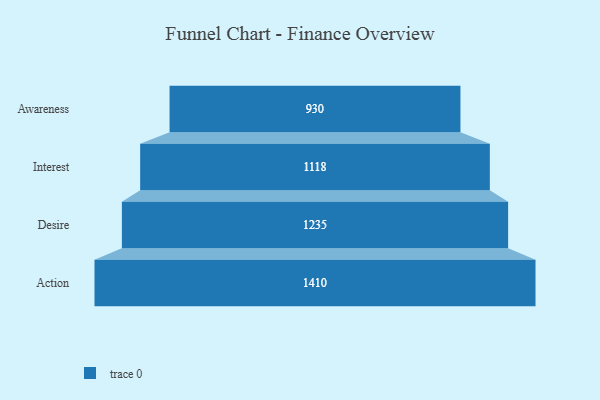
{"axis": {"x": "Stage", "y": "Value"}, "legend": [""], "data": [{"x": "Awareness", "y": 930.0, "type": ""}, {"x": "Interest", "y": 1118.0, "type": ""}, {"x": "Desire", "y": 1235.0, "type": ""}, {"x": "Action", "y": 1410.0, "type": ""}]}